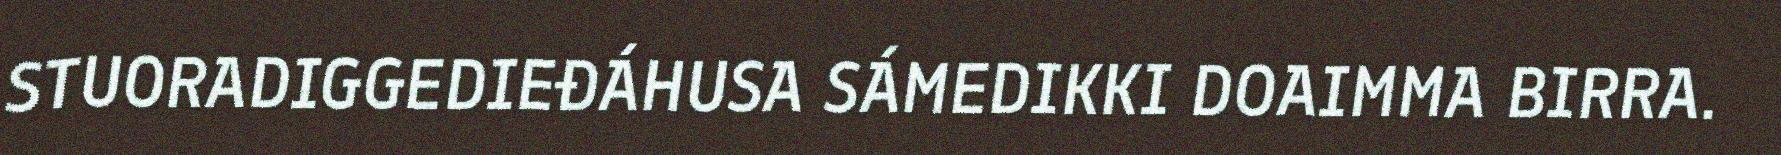
STUORADIGGEDIEĐÁHUSA SÁMEDIKKI DOAIMMA BIRRA.